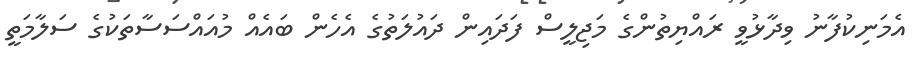
އެމަނިކުފާނު ވިދާޅުވީ ރައްޔިތުންގެ މަޖިލީސް ފަދައިން ދައުލަތުގެ އެހެން ބައެއް މުއައްސަސާތަކުގެ ސަލާމަތީ